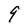
Character: 9